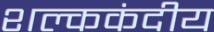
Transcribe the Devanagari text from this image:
शल्ककंदीय